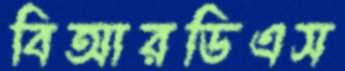
বিআরডিএস